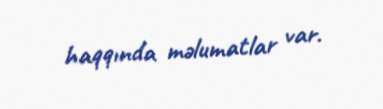
haqqında məlumatlar var.